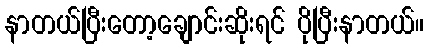
နာတယ်ပြီးတော့ချောင်းဆိုးရင် ပိုပြီးနာတယ်။